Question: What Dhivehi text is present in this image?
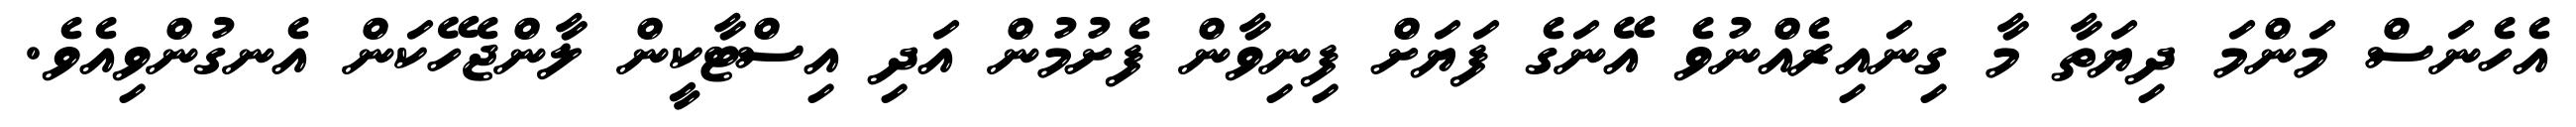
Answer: އެހެނަސް މަންމަ ދިޔަތާ މާ ގިނައިރެއްނުވެ އޭނަގެ ފަޔަށް ފިނިވާން ފެށުމުން އަދި އިސްޓާކީން ލާންޖެހޭކަން އެނގުންވިއެވެ.